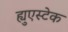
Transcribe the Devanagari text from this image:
ह्युएस्टेक